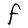
Character: F